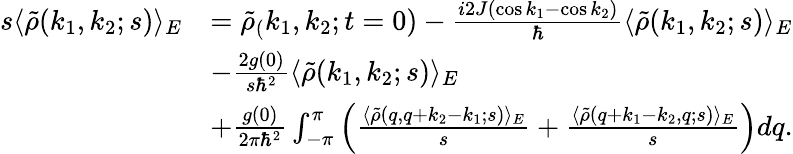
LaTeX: \begin{array}{rl}{s\langle\tilde{\rho}(k_{1},k_{2};s)\rangle_{E}}&{=\tilde{\rho}_{(}k_{1},k_{2};t=0)-\frac{i2J(\cos k_{1}-\cos k_{2})}{\hbar}\langle\tilde{\rho}(k_{1},k_{2};s)\rangle_{E}}\\ &{-\frac{2g(0)}{s\hbar^{2}}\langle\tilde{\rho}(k_{1},k_{2};s)\rangle_{E}}\\ &{+\frac{g(0)}{2\pi\hbar^{2}}\int_{-\pi}^{\pi}\left(\frac{\langle\tilde{\rho}(q,q+k_{2}-k_{1};s)\rangle_{E}}{s}+\frac{\langle\tilde{\rho}(q+k_{1}-k_{2},q;s)\rangle_{E}}{s}\right)dq.}\end{array}